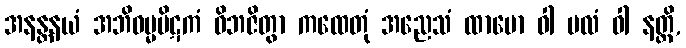
အနန္တနယံ အဘိဓမ္မပိဋကံ ဝိဘဇိတွာ ကထေတုံ အညေသံ ထာမော ဝါ ဗလံ ဝါ နတ္ထိ,